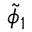
\tilde { \phi } _ { 1 }